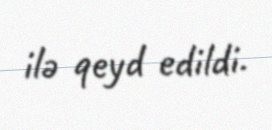
ilə qeyd edildi.